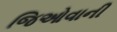
જિઓવાની